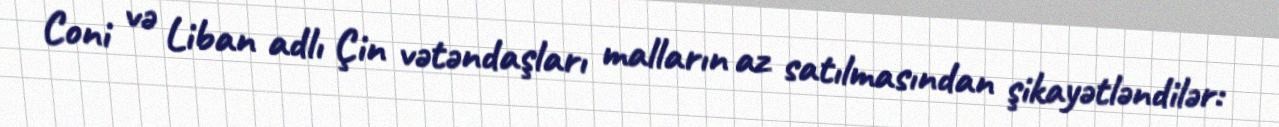
Coni və Liban adlı Çin vətəndaşları malların az satılmasından şikayətləndilər: